Report of the Indian Hemp Drugs Commission, 1894-1895 - Volume VIII
Year: 1894
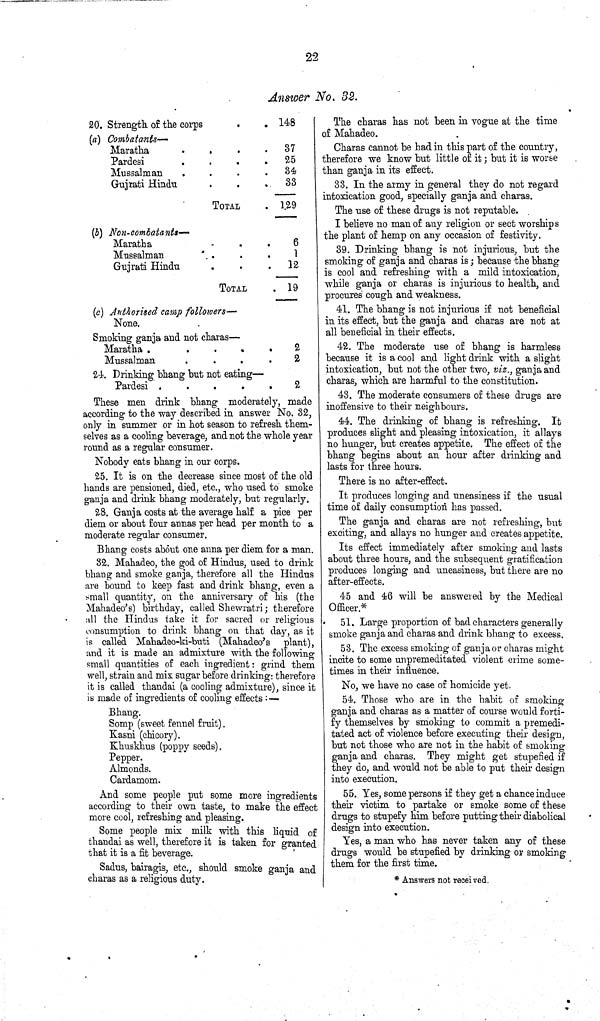
22
Answer No. 32.
20. Strength of the corps
148
(a) Combatants—
Maratha
37
Pardesi
25
Mussalman
34
Gujrati Hindu
33
TOTAL
129
(b) Non-combatants—
Maratha
6
Mussalman
1
Gujrati Hindu
12
TOTAL
19
(c) Authorised camp followers—
None.
Smoking ganja and not charas—
Maratha
2
Mussalman
2
24. Drinking bhang but not eating—
Pardesi
2
These men drink bhang moderately, made
according to the way described in answer No. 32,
only in summer or in hot season to refresh them-
selves as a cooling beverage, and not the whole year
round as a regular consumer.
Nobody eats bhang in our corps.
25. It is on the decrease since most of the old
hands are pensioned, died, etc., who used to smoke
ganja and drink bhang moderately, but regularly.
28. Ganja costs at the average half a pice per
diem or about four annas per head per month to a
moderate regular consumer.
Bhang costs about one anna per diem for a man.
32. Mahadeo, the god of Hindus, used to drink
bhang and smoke ganja, therefore all the Hindus
are bound to keep fast and drink bhang, even a
small quantity, on the anniversary of his (the
Mahadeo's) birthday, called Shewratri; therefore
all the Hindus take it for sacred or religious
consumption to drink bhang on that day, as it
is called Mahadeo-ki-buti (Mahadeo's plant),
and it is made an admixture with the following
small quantities of each ingredient: grind them
well, strain and mix sugar before drinking: therefore
it is called thandai (a cooling admixture), since it
is made of ingredients of cooling effects:—
Bhang.
Somp (sweet fennel fruit).
Kasni (chicory).
Khuskhus (poppy seeds).
Pepper.
Almonds.
Cardamom.
And some people put some more ingredients
according to their own taste, to make the effect
more cool, refreshing and pleasing.
Some people mix milk with this liquid of
thandai as well, therefore it is taken for granted
that it is a fit beverage.
Sadus, bairagis, etc., should smoke ganja and
charas as a religious duty.
The charas has not been in vogue at the time
of Mahadeo.
Charas cannot be had in this part of the country,
therefore we know but little of it; but it is worse
than ganja in its effect.
33. In the army in general they do not regard
intoxication good, specially ganja and charas.
The use of these drugs is not reputable.
I believe no man of any religion or sect worships
the plant of hemp on any occasion of festivity.
39. Drinking bhang is not injurious, but the
smoking of ganja and charas is; because the bhang
is cool and refreshing with a mild intoxication,
while ganja or charas is injurious to health, and
procures cough and weakness.
41. The bhang is not injurious if not beneficial
in its effect, but the ganja and charas are not at
all beneficial in their effects.
42. The moderate use of bhang is harmless
because it is a cool and light drink with a slight
intoxication, but not the other two, viz., ganja and
charas, which are harmful to the constitution.
43. The moderate consumers of these drugs are
inoffensive to their neighbours.
44. The drinking of bhang is refreshing. It
produces slight and pleasing intoxication, it allays
no hunger, but creates appetite. The effect of the
bhang begins about an hour after drinking and
lasts for three hours.
There is no after-effect.
It produces longing and uneasiness if the usual
time of daily consumption has passed.
The ganja and charas are not refreshing, but
exciting, and allays no hunger and creates appetite.
Its effect immediately after smoking and lasts
about three hours, and the subsequent gratification
produces longing and uneasiness, but there are no
after-effects.
45 and 46 will be answered by the Medical
Officer.*
51. Large proportion of bad characters generally
smoke ganja and charas and drink bhang to excess.
53. The excess smoking of ganja or charas might
incite to some unpremeditated violent crime some-
times in their influence.
No, we have no case of homicide yet.
54. Those who are in the habit of smoking
ganja and charas as a matter of course would forti-
fy themselves by smoking to commit a premedi-
tated act of violence before executing their design,
but not those who are not in the habit of smoking
ganja and charas. They might get stupefied if
they do, and would not be able to put their design
into execution.
55. Yes, some persons if they get a chance induce
their victim to partake or smoke some of these
drugs to stupefy him before putting their diabolical
design into execution.
Yes, a man who has never taken any of these
drugs would be stupefied by drinking or smoking
them for the first time.
* Answers not received.